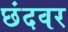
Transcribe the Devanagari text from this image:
छंदवर